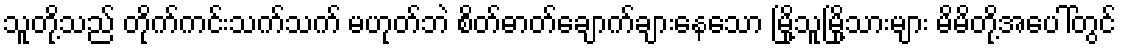
သူတို့သည် တိုက်ကင်းသက်သက် မဟုတ်ဘဲ စိတ်ဓာတ်ချောက်ချားနေသော မြို့သူမြို့သားများ မိမိတို့အပေါ်တွင်